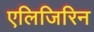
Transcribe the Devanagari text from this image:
एलिजिरिन